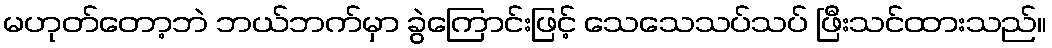
မဟုတ်တော့ဘဲ ဘယ်ဘက်မှာ ခွဲကြောင်းဖြင့် သေသေသပ်သပ် ဖြီးသင်ထားသည်။